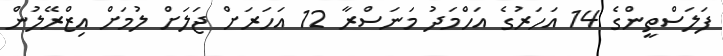
ފަލަސްތީންގެ 14 އަހަރުގެ އަހްމަދު މަނަސްރާ 12 އަހަރަށް ޖަލަށް ލުމަށް އިޒްރޭލުން